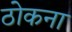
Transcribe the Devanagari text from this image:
ठोकना